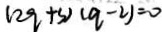
( 2 q + 3 ) ( q - 2 ) = 0